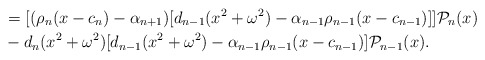
\begin{align*}&=[(\rho_n(x-c_n)-\alpha_{n+1})[ d_{n-1}(x^2+\omega^2)-\alpha_{n-1} \rho_{n-1} (x-c_{n-1})]] \mathcal{P}_{n}(x) \\&-d_n (x^2+\omega^2)[ d_{n-1}(x^2+\omega^2)-\alpha_{n-1} \rho_{n-1} (x-c_{n-1})] \mathcal{P}_{n-1}(x).\end{align*}